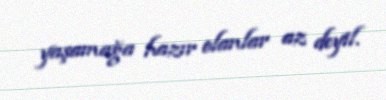
yaşamağa hazır olanlar az deyil.